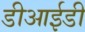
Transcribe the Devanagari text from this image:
डीआईडी